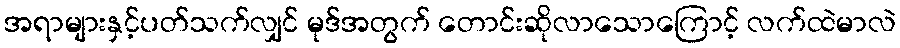
အရာများနှင့်ပတ်သက်လျှင် မုဒ်အတွက် တောင်းဆိုလာသောကြောင့် လက်ထဲမာလဲ